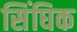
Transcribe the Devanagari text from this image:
सिंघिक